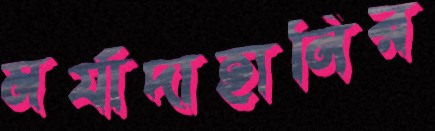
মর্যাদাহানির